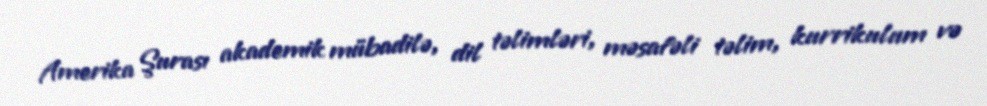
Amerika Şurası akademik mübadilə, dil təlimləri, məsafəli təlim, kurrikulum və